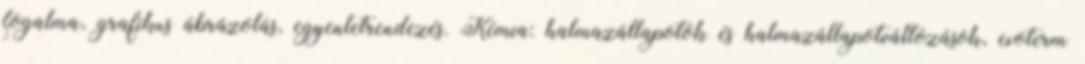
fogalma, grafikus ábrázolás, egyenletrendezés. Kémia: halmazállapotok és halmazállapotváltozások, exoterm